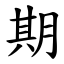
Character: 期